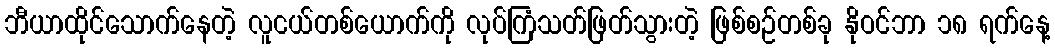
ဘီယာထိုင်သောက်နေတဲ့ လူငယ်တစ်ယောက်ကို လုပ်ကြံသတ်ဖြတ်သွားတဲ့ ဖြစ်စဉ်တစ်ခု နိုဝင်ဘာ ၁၈ ရက်နေ့